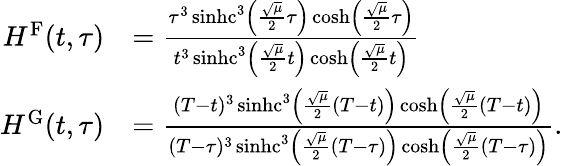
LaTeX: \begin{array}{rl}{H^{\mathrm{F}}(t,\tau)}&{=\frac{\tau^{3}\operatorname{sinhc}^{3}\left(\frac{\sqrt{\mu}}{2}\tau\right)\cosh\left(\frac{\sqrt{\mu}}{2}\tau\right)}{t^{3}\operatorname{sinhc}^{3}\left(\frac{\sqrt{\mu}}{2}t\right)\cosh\left(\frac{\sqrt{\mu}}{2}t\right)}}\\ {H^{\mathrm{G}}(t,\tau)}&{=\frac{(T-t)^{3}\operatorname{sinhc}^{3}\left(\frac{\sqrt{\mu}}{2}(T-t)\right)\cosh\left(\frac{\sqrt{\mu}}{2}(T-t)\right)}{(T-\tau)^{3}\operatorname{sinhc}^{3}\left(\frac{\sqrt{\mu}}{2}(T-\tau)\right)\cosh\left(\frac{\sqrt{\mu}}{2}(T-\tau)\right)}.}\end{array}